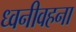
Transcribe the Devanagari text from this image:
ध्वनीवहना